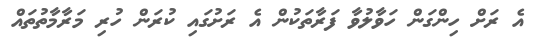
އެ ރަށް ހިންގަން ހަވާލުވާ ފަރާތަކުން އެ ރަށުގައި ކުރަން ހުރި މަރާމާތުތައް